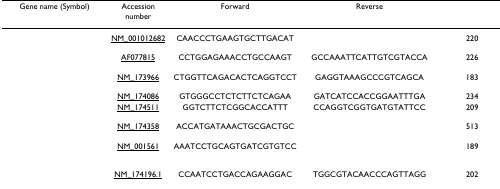
<table><thead><tr><td><b>Gene name (Symbol)</b></td><td><b>Accession number</b></td><td><b>Forward</b></td><td><b>Reverse</b></td><td>[EMPTY_CELL]</td></tr></thead><tbody><tr><td>[EMPTY_CELL]</td><td>NM_001012682</td><td>CAACCCTGAAGTGCTTGACAT</td><td>[EMPTY_CELL]</td><td>220</td></tr><tr><td>[EMPTY_CELL]</td><td>AF077815</td><td>CCTGGAGAAACCTGCCAAGT</td><td>GCCAAATTCATTGTCGTACCA</td><td>226</td></tr><tr><td>[EMPTY_CELL]</td><td>NM_173966</td><td>CTGGTTCAGACACTCAGGTCCT</td><td>GAGGTAAAGCCCGTCAGCA</td><td>183</td></tr><tr><td>[EMPTY_CELL]</td><td>NM_174086</td><td>GTGGGCCTCTCTTCTCAGAA</td><td>GATCATCCACCGGAATTTGA</td><td>234</td></tr><tr><td>[EMPTY_CELL]</td><td>NM_174511</td><td>GGTCTTCTCGGCACCATTT</td><td>CCAGGTCGGTGATGTATTCC</td><td>209</td></tr><tr><td>[EMPTY_CELL]</td><td>NM_174358</td><td>ACCATGATAAACTGCGACTGC</td><td>[EMPTY_CELL]</td><td>513</td></tr><tr><td>[EMPTY_CELL]</td><td>NM_001561</td><td>AAATCCTGCAGTGATCGTGTCC</td><td>[EMPTY_CELL]</td><td>189</td></tr><tr><td>[EMPTY_CELL]</td><td>NM_174196.1</td><td>CCAATCCTGACCAGAAGGAC</td><td>TGGCGTACAACCCAGTTAGG</td><td>202</td></tr></tbody></table>